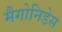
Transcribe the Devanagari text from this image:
मैगोनिडेस